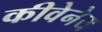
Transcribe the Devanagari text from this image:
कीवेनेय